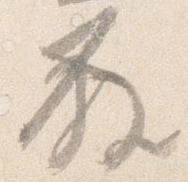
発